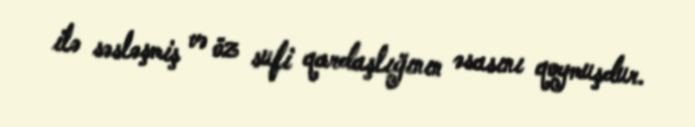
ilə səsləşmiş və öz sufi qardaşlığının əsasını qoymuşdur.